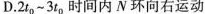
D.2t_{0}~3t_{0}时间内N环向右运动